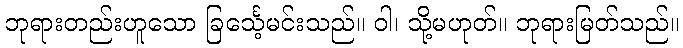
ဘုရားတည်းဟူသော ခြင်္သေ့မင်းသည်။ ဝါ၊ သို့မဟုတ်။ ဘုရားမြတ်သည်။